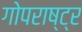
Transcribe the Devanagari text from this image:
गोपराष्ट्र